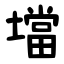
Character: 壋